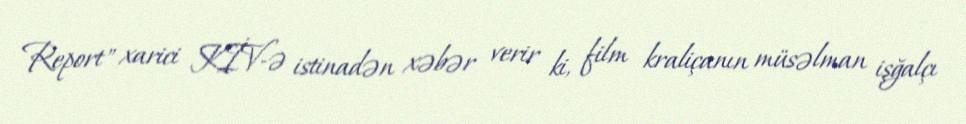
Report" xarici KİV-ə istinadən xəbər verir ki, film kraliçanın müsəlman işğalçı